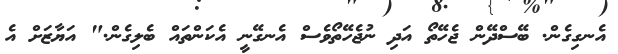
އެނގިގެން. ބޭސްދޭން ޖެހޭތޯ އަދި ނުޖެހޭތޯވެސް އެނގޭނީ އެކަންތައް ބެލިގެން." އަޔާޒަށް އެ